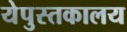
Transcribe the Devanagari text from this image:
येपुस्तकालय